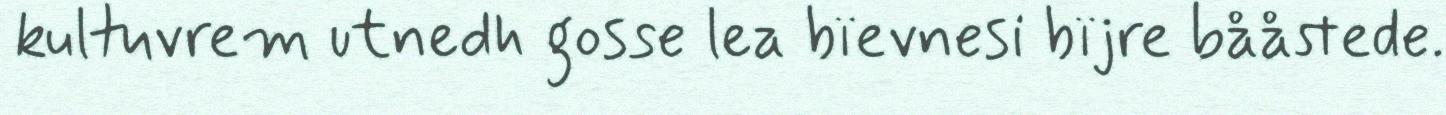
kultuvrem utnedh gosse lea bïevnesi bïjre bååstede.